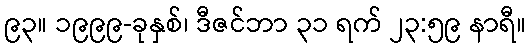
၉၃။ ၁၉၉၉-ခုနှစ်၊ ဒီဇင်ဘာ ၃၁ ရက် ၂၃:၅၉ နာရီ။